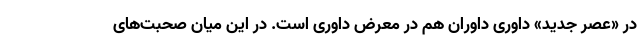
در «عصر جدید» داوریِ داوران هم در معرض داوری است. در این میان صحبت‌های